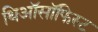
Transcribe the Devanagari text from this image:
थिऑसॉफिस्ट